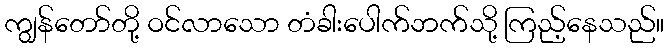
ကျွန်တော်တို့ ဝင်လာသော တံခါးပေါက်ဘက်သို့ ကြည့်နေသည်။